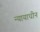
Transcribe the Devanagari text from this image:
न्यायाधीन